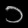
Digit: ၁